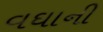
વઘાની